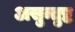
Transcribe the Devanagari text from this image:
असुन्तुष्ट